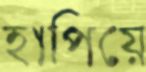
হাপিয়ে